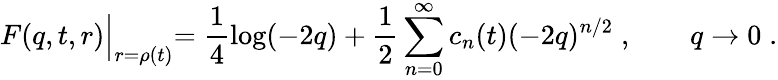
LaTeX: F(q,t,r)\Bigl|_{r=\rho(t)}=\frac{1}{4}\log(-2q)+\frac{1}{2}\sum_{n=0}^{\infty}c_{n}(t)(-2q)^{n/2}\; ,\qquad q\to 0\; .